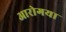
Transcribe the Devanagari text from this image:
आरोगया